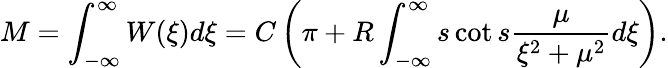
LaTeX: M=\int_{-\infty}^{\infty}W(\xi)d\xi=C\left(\pi+R\int_{-\infty}^{\infty}s\cot s\frac{\mu}{\xi^{2}+\mu^{2}}d\xi\right).